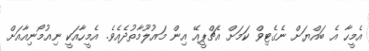
އެމީހާ އެ ބައްޔަށް ނެގެޓިވް ކަމަށް އެޗްޕީއޭ އިން މައުލޫމާތުދެއެވެ. އެމީހާއަކީ ނިއުމޯނިއާއަށް